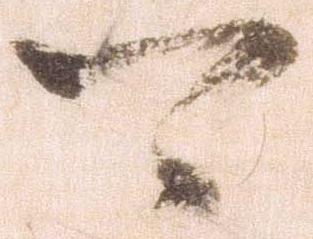
可